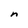
Character: n